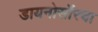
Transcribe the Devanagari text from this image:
डायनोसॉरचा